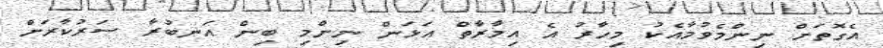
އެގޮތަށް ނިންމެވުމާއެކު މިހާރު އެ އިމާރާތް އަޅަން ނިންމި ބިން އަނބުރާ ސަރުކާރަށް